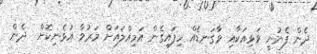
ދެން ފެނުނީ ވަޅިއަކާއި ވާގަނޑެއް ހިފައިގެން އަމިއްލައަށް މަރުވާ އުޅެނިކޮށް  ދެން